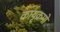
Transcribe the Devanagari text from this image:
कायृक्रमों